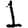
Digit: 1